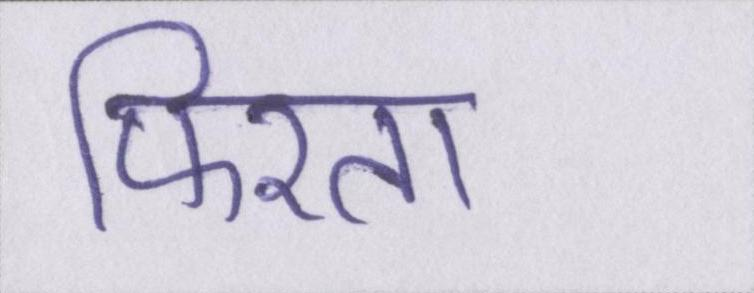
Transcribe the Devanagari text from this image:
फिरता